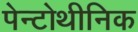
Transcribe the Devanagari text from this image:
पेन्टोथीनिक